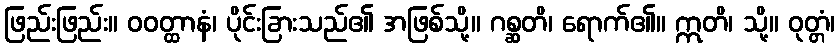
ဖြည်းဖြည်း။ ဝဝတ္ထာနံ၊ ပိုင်းခြားသည်၏ အဖြစ်သို့။ ဂစ္ဆတိ၊ ရောက်၏။ ဣတိ၊ သို့။ ဝုတ္တံ၊